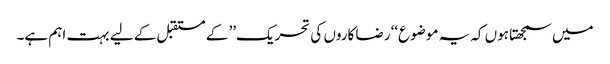
میں سمجھتا ہوں کہ یہ موضوع‘‘ رضا کاروں کی تحریک’’ کے مستقبل کے لیے بہت اہم ہے۔